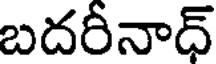
బదరీనాధ్